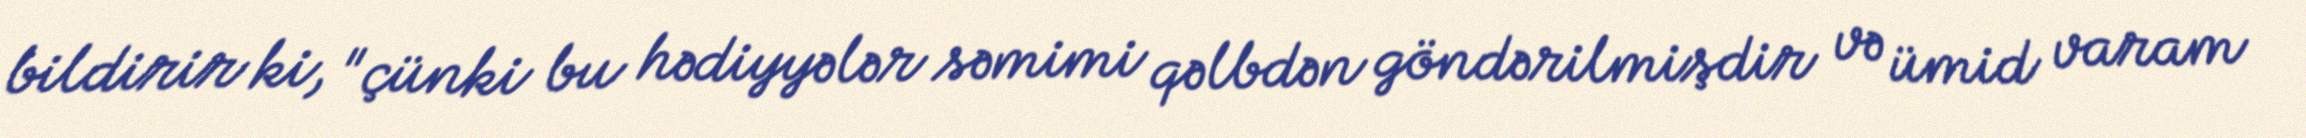
bildirir ki, "çünki bu hədiyyələr səmimi qəlbdən göndərilmişdir və ümid varam